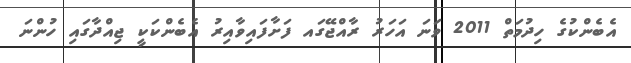
އެބެންކުގެ ހިދުމަތް 2011 ވަނަ އަހަރު ރާއްޖޭގައ ފަށާފައިވާއިރު އެބެންކަކީ ޖިއްދާގައި ހުންނަ